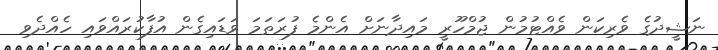
ނަޝީދުގެ ވެރިކަން ވެއްޓުމުން ޖުމްހޫރީ މައިދާނަށް އެންމެ ފުރަތަމަ ވަޑައިގެން އުފާކުރައްވައި ހެއްދެވި